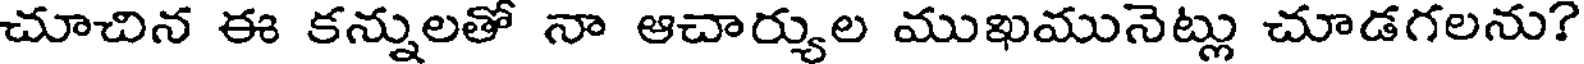
చూచిన ఈ కన్నులతో నా ఆచార్యుల ముఖమునెట్లు చూడగలను?